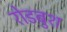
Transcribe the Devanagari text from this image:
रोडबुश